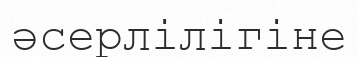
әсерлілігіне